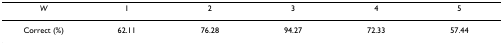
| W | 1 | 2 | 3 | 4 | 5 |
 | --- | --- | --- | --- | --- | --- |
 | Correct (%) | 62.11 | 76.28 | 94.27 | 72.33 | 57.44 |